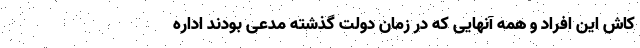
کاش این افراد و همه آنهایی که در زمان دولت گذشته مدعی بودند اداره